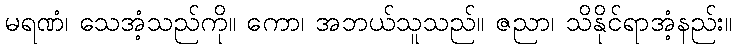
မရဏံ၊ သေအံ့သည်ကို။ ကော၊ အဘယ်သူသည်။ ဇညာ၊ သိနိုင်ရာအံ့နည်း။